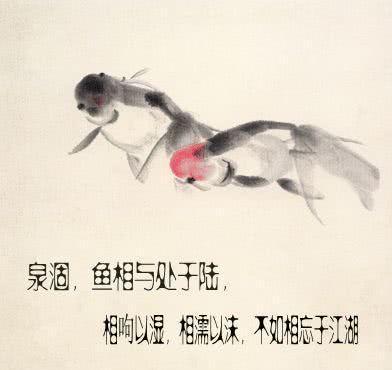
相呴以湿，相濡以沫，不如相忘于江湖。